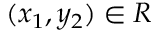
( x _ { 1 } , y _ { 2 } ) \in R